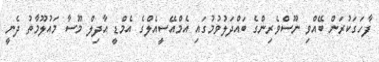
ފާހަގަކުރަން ބޭއްވި ނޫސްވެެރިންގެ ބައްދަލުވުމުގައި އެމްއޭސީއެލްގެ އެމްޑީ އާދިލް މޫސާ މައުލޫމާތު ދެނީ